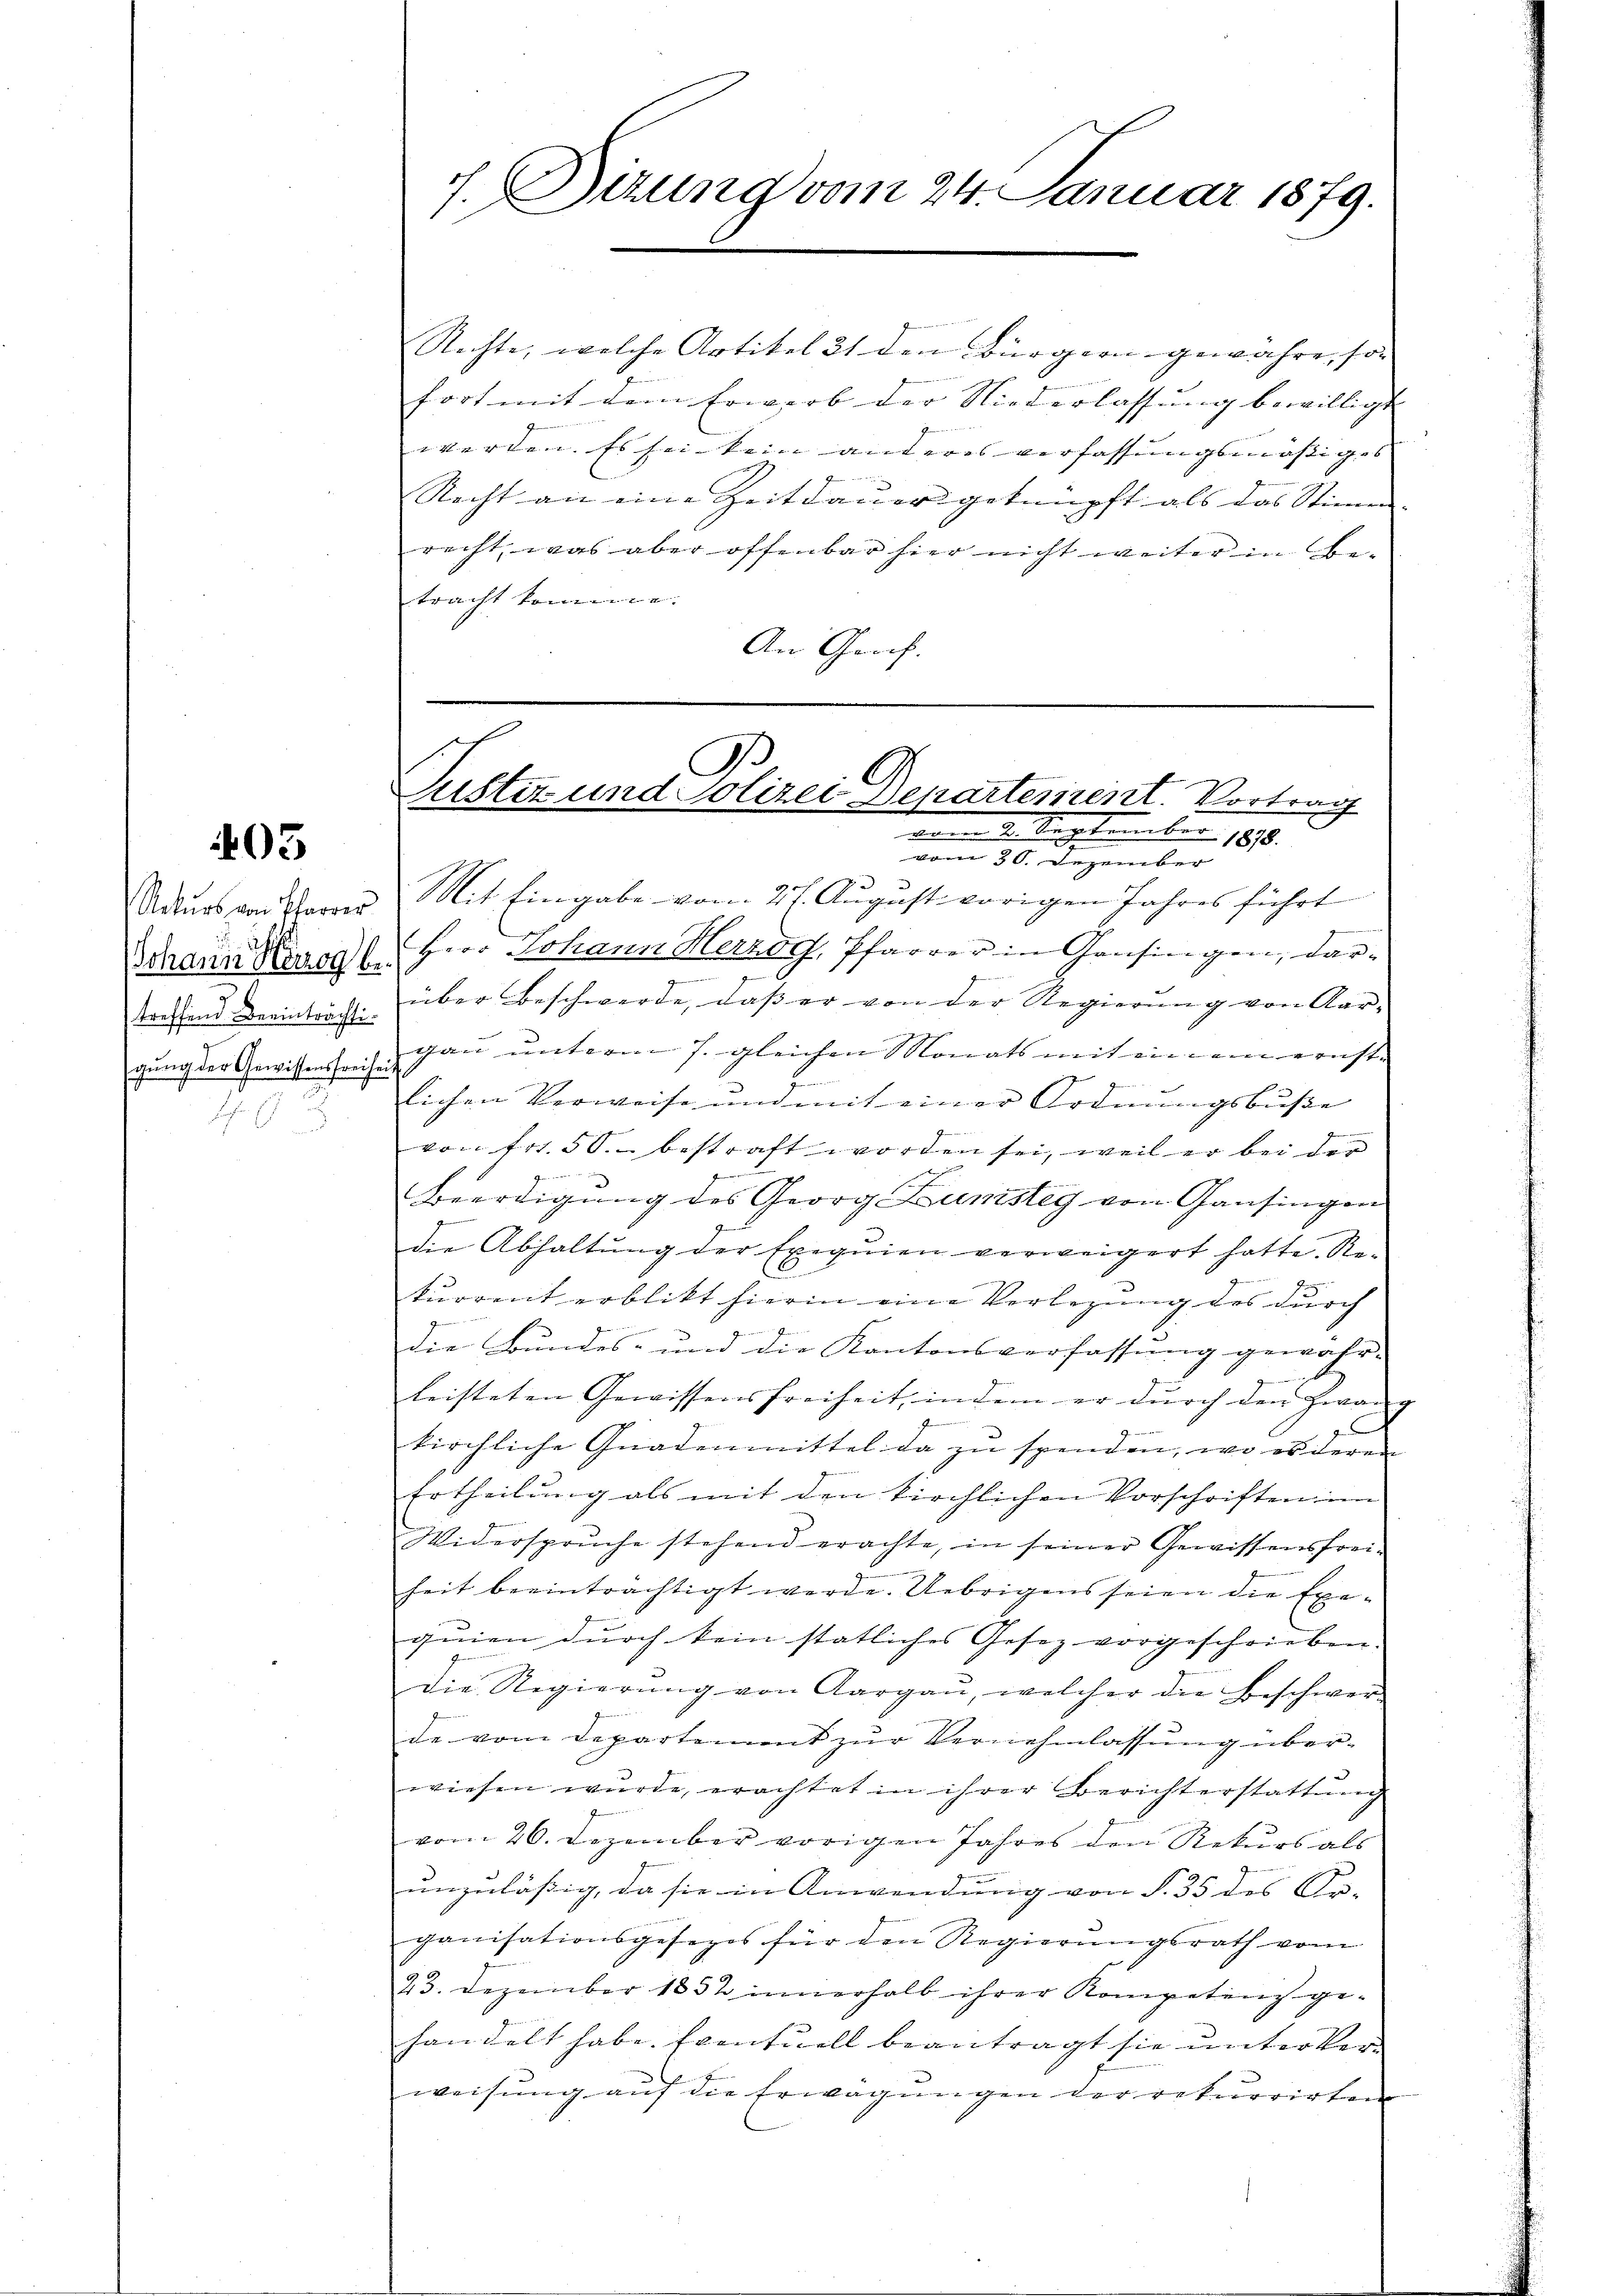
03

Rekurs von Pfarrer
Johann Herzogl.
76
treffend Beeinträchtigung der Gewissensfreihei
H

7. Sizung vom 24. Januar 1879.

Rechte, welche Artikel 21 den Bürgern gewähre, so
fort mit dem Erwerb der Niederlassung bewilligt |
werden. Es sei kein anderes verfassungsmäßiges

Recht an eine Zeitdauer geknüpft als das Stimm
recht, was aber offenbar hier nicht weiter be
tracht kommenne. |
An Graf.
vom 30. Dezember
Mit Eingabe vom 21. August vorigen Jahres führt
Herr Johann Herzog, Pfarrer in Gansingen, dar-
über Beschwerde, daβ er von der Regierŭng von Aar-
gau unterm 7. gleichen Monats mit einem ernste
lichen Verweise und mit einer Ordnungsbuße
von Fr. 50. bestraft worden sei, weil er bei der
Beerdigung des Georg Dunsteg von Gansingen
die Abhaltung der Exequien verweigert hatte. Re-
2
kurrent erblickt hierin eine Verlegung des durch
die Bundes- und die Kantonsverfassung gewahr-
leisteten Gewissensfreiheit, indem er durch den Zwang
d
kirchliche Gnadenmittel da zu spenden, wo es deren
Ertheilung als mit den kirchlichen Vorschriften im
Widerspruche stehend erachte, in seiner Gewissensfrei-
heit beeinträchtigt werde. Uebrigens seien die Exequien durch kein statliches Gesez vorgeschrieben.
die Regierŭng von Aargaŭ, welcher die Beschwer-
de vom Departement zur Vernehmlassung überwiesen wurde, erachtet in ihrer Berichterstattung
vom 26. Dezember vorigen Jahres den Rekurs als
unzuläßig, da sie in Anwendung von § 35 des Ar-
ganisationsgesezes für den Regierungsrath vom
23. Dezember 1832 innerhalb ihrer Kompetenz gehandelt habe. Eventuell beantragt sie unterber
weisung auf die Erwägungen der rekurrirten

A
l
Justiz- und Polizei Departement. Vortrag
eien der September 1890.